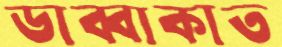
ডাব্বাকাত